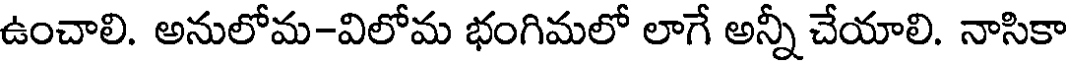
ఉంచాలి. అనులోమ-విలోమ భంగిమలో లాగే అన్నీ చేయాలి. నాసికా